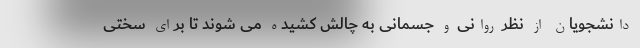
دانشجویان از نظر روانی و جسمانی به چالش کشیده می شوند تا برای سختی